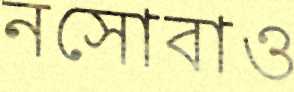
নসোবাও